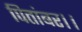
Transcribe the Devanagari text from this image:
पितांबर।।